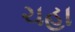
ચહા